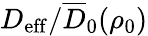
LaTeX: {D_{\mathrm{eff}}}/\overline{{D}}_{0}(\rho_{0})